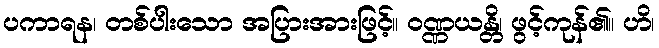
ပကာရန၊ တစ်ပါးသော အပြားအားဖြင့်။ ဝဏ္ဏယန္တိ၊ ဖွင့်ကုန်၏။ ဟိ၊